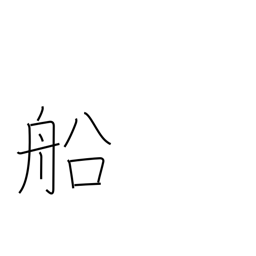
Meaning: ship